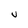
Character: U